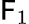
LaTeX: \mathsf{F}_{1}